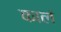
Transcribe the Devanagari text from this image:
कालं